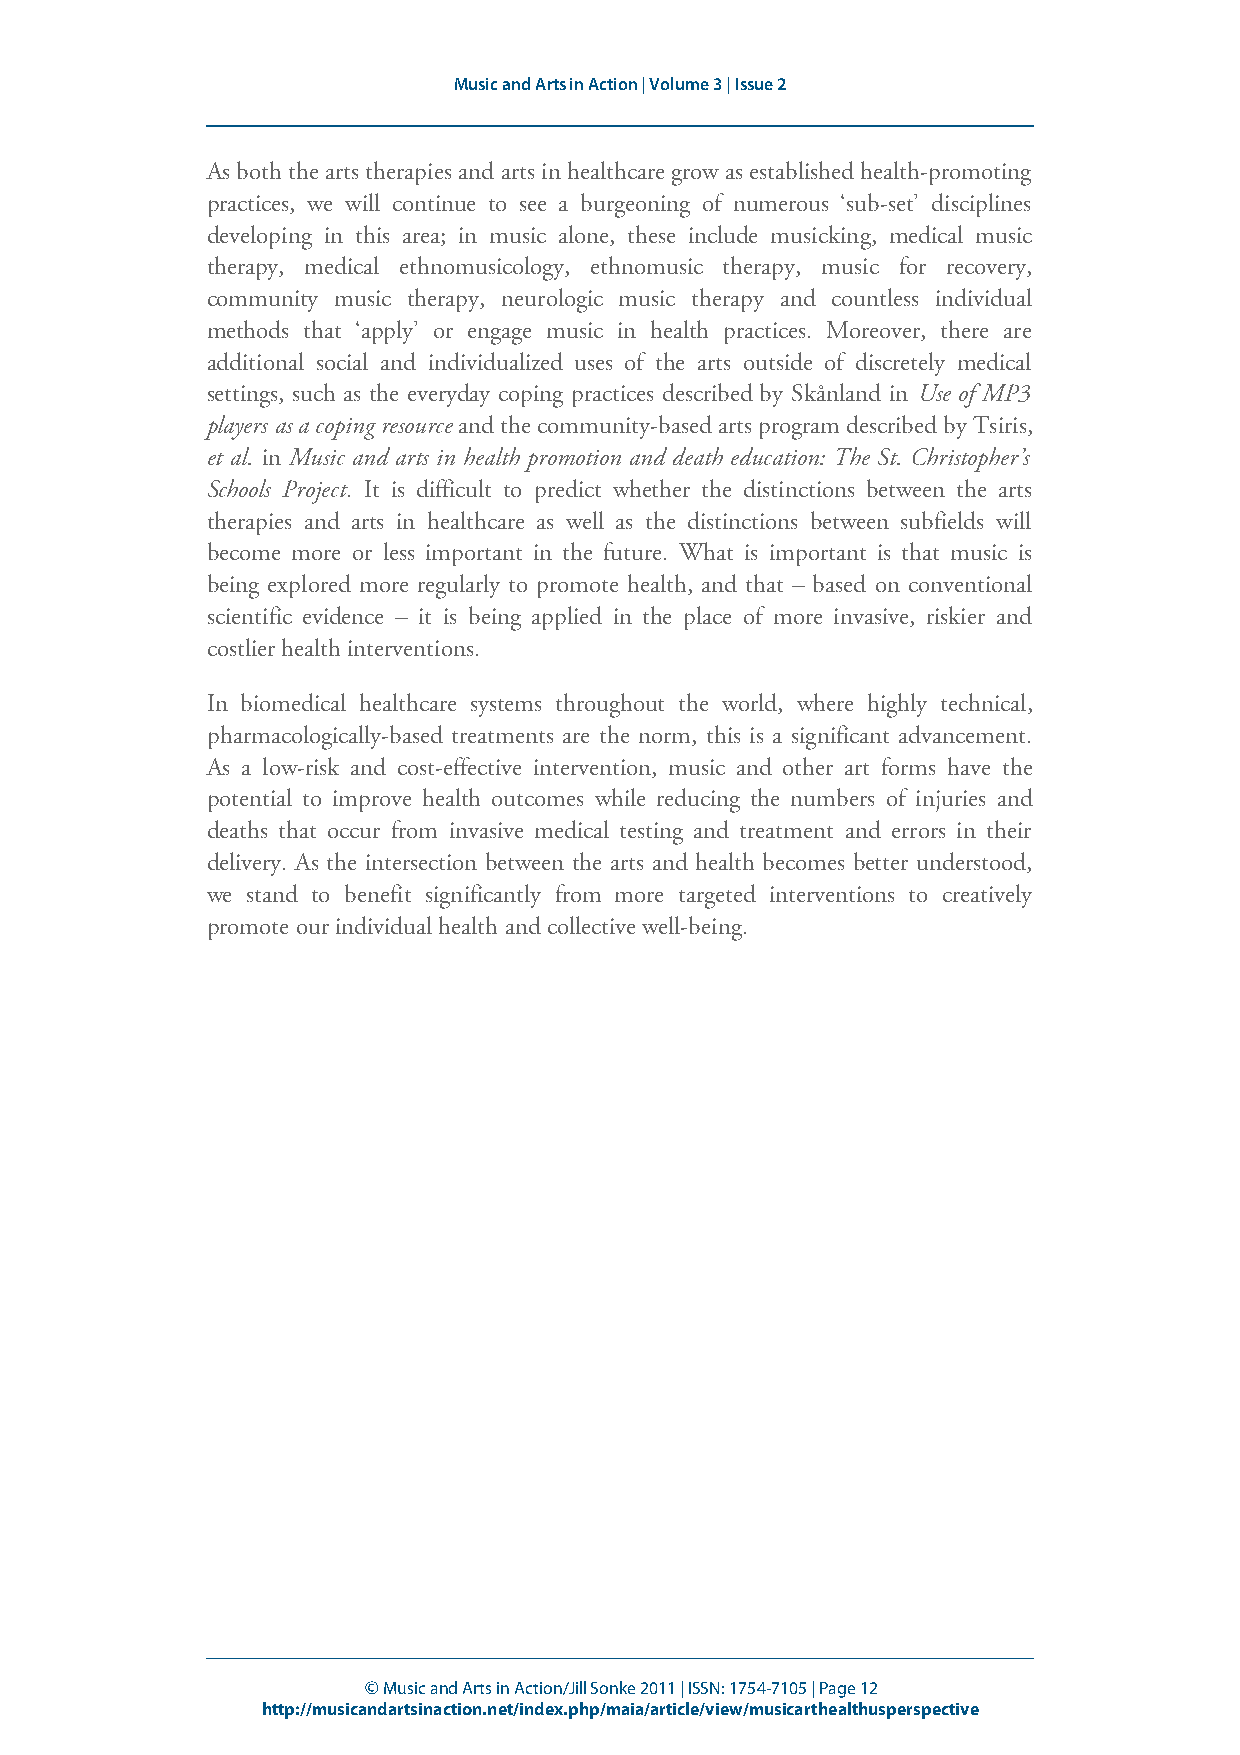
Music and Arts in Action | Volume 3 | Issue 2
 As both the arts therapies and arts in healthcare grow as established health-promoting
 practices, we will continue to see a burgeoning of numerous ‘sub-set’ disciplines
 developing in this area; in music alone, these include musicking, medical music
 therapy, medical ethnomusicology, ethnomusic therapy, music for recovery,
 community music therapy, neurologic music therapy and countless individual
 methods that ‘apply’ or engage music in health practices. Moreover, there are
 additional social and individualized uses of the arts outside of discretely medical
 settings, such as the everyday coping practices described by Skånland in Use of MP3
 players as a coping resource and the community-based arts program described by Tsiris,
 et al. in Music and arts in health promotion and death education: The St. Christopher’s
 Schools Project. It is difficult to predict whether the distinctions between the arts
 therapies and arts in healthcare as well as the distinctions between subfields will
 become more or less important in the future. What is important is that music is
 being explored more regularly to promote health, and that – based on conventional
 scientific evidence – it is being applied in the place of more invasive, riskier and
 costlier health interventions.
 In biomedical healthcare systems throughout the world, where highly technical,
 pharmacologically-based treatments are the norm, this is a significant advancement.
 As a low-risk and cost-effective intervention, music and other art forms have the
 potential to improve health outcomes while reducing the numbers of injuries and
 deaths that occur from invasive medical testing and treatment and errors in their
 delivery. As the intersection between the arts and health becomes better understood,
 we stand to benefit significantly from more targeted interventions to creatively
 promote our individual health and collective well-being.
 © Music and Arts in Action/Jill Sonke 2011 | ISSN: 1754-7105 | Page 12
 http://musicandartsinaction.net/index.php/maia/article/view/musicarthealthusperspective